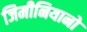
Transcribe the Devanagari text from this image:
जिमीनियानो